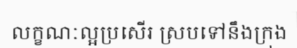
លក្ខណៈល្អប្រសើរ ស្របទៅនឹងក្រុង